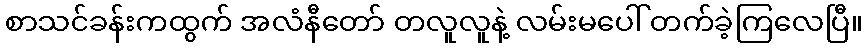
စာသင်ခန်းကထွက် အလံနီတော် တလူလူနဲ့ လမ်းမပေါ် တက်ခဲ့ကြလေပြီ။